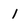
Character: l